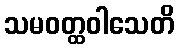
သမဝတ္ထဝါသေတိ